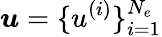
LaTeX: \boldsymbol{u}=\{ u^{(i)}\} _{i=1}^{N_{e}}